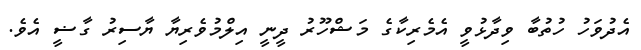
އެދުވަހު ހުތުބާ ވިދާޅުވީ އެމެރިކާގެ މަޝްހޫރު ދީނީ އިލްމުވެރިޔާ ޔާސިރު ގާޟީ އެވެ.